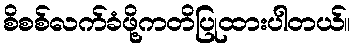
စိစစ်လက်ခံဖို့ကတိပြုထားပါတယ်။